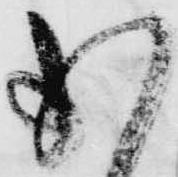
少